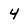
Character: 4